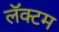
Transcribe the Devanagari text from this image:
लॅक्टम